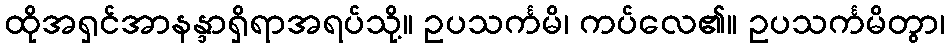
ထိုအရှင်အာနန္ဒာရှိရာအရပ်သို့။ ဥပသင်္ကမိ၊ ကပ်လေ၏။ ဥပသင်္ကမိတွာ၊